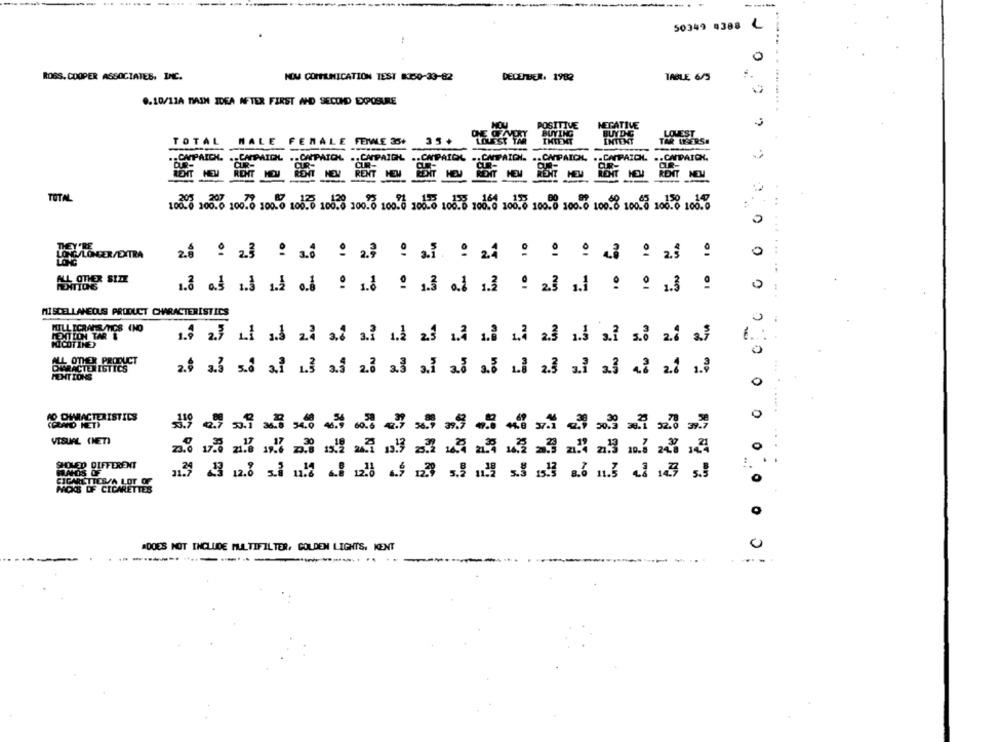
50349 4388 L
0
ROSS. COOPER ASSOCIATES, INC.
NOM COMMUNICATION TEST 8150-33-82
DECEMBER. 1982
TABLE 6/5
8.10/11A MAIN IDEA AFTER FIRST AND SECOND EXPOSURE
. .... ... .. .
POSITIVE
NEGATIVE
BUYING
BUYDG
LOVEST
TOTAL
MALE
FEMALE FEILE 35+
35+
INTENT
INTENT
TAR LYSERS.
.. CAMPAIGN
.. CAPAIOL
.. CAPAION. .. CAPAICH. .. CAPAICHL
.. CAPAICH.
BONPAIDX - CAPAIOL .. ORPAIOL
CUR-
CR-
OR-
RENT
RENT
--
RENT
TOTAL
100.8 106.6 100.6 100.0 108.8 100.8 100.8 100.8 108.0 108.8 100.6 100.8 100.0 100.0 100.8 100.0 100.0 100.0
0
0
.....
0
MISCELLANEOUS PRODUCT CHARACTERISTICS
NICOTINE)
OTHER PRODUCT
MENTIONS
0
0
AO OHMRACTERISTICS
(CLAND HET)
VISUAL (NET)
..
SHOVED DIFFERENT
HANDS OF
CIGARETTES/A LOT OF
MOS OF CICARETTES
.DOES NOT INCLUDE MULTIFILTER, GOLDEN LIGHTS, KENT
0